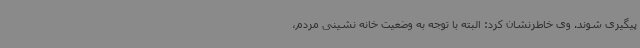
پیگیری شوند. وی خاطرنشان کرد: البته با توجه به وضعیت خانه نشینی مردم،